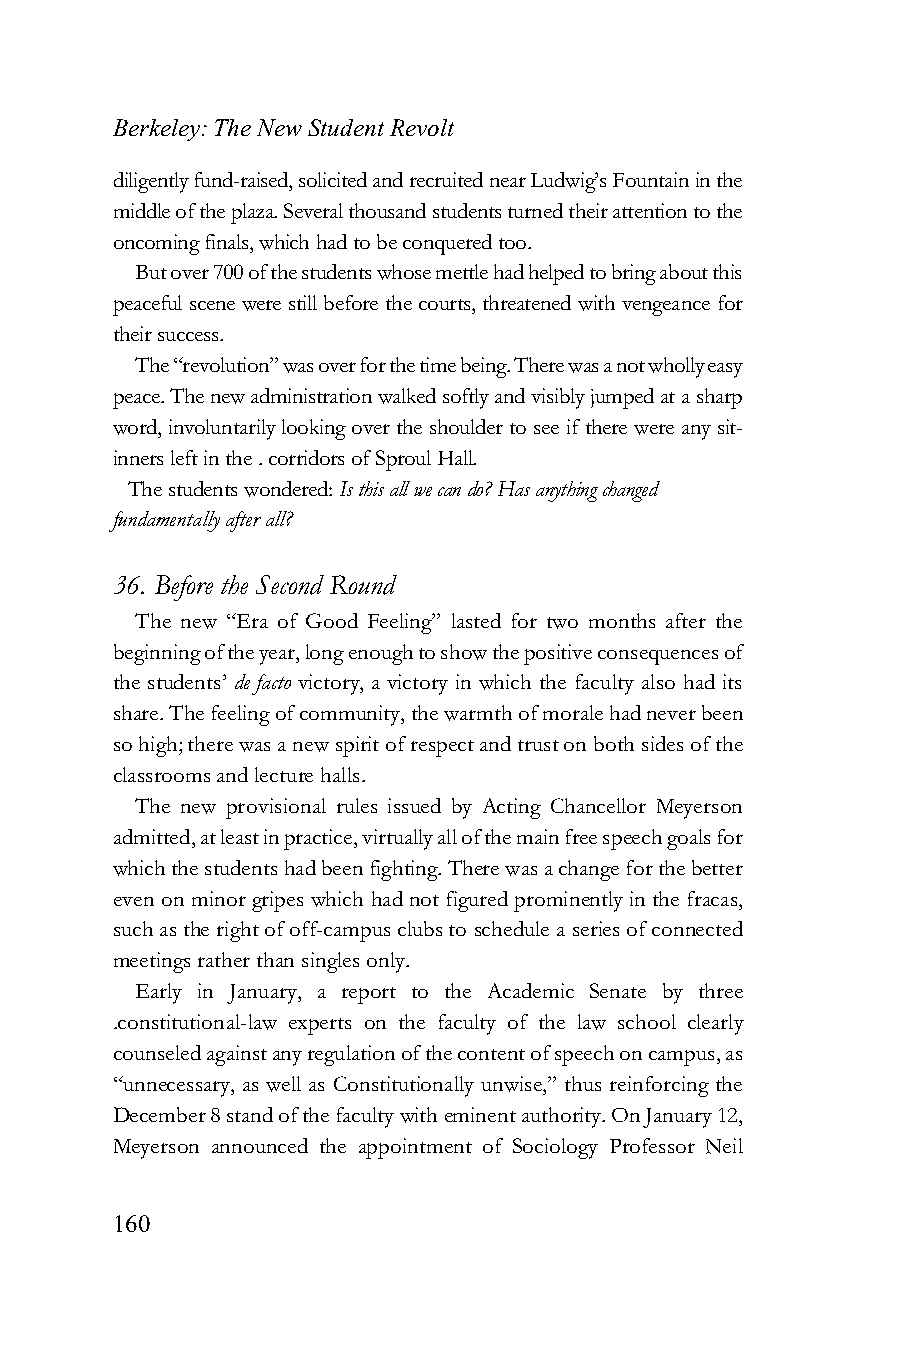
Berkeley: The New Student Revolt
 diligently fund-raised, solicited and recruited near Ludwig’s Fountain in the
 middle of the plaza. Several thousand students turned their attention to the
 oncoming finals, which had to be conquered too.
 But over 700 of the students whose mettle had helped to bring about this
 peaceful scene were still before the courts, threatened with vengeance for
 their success.
 The “revolution” was over for the time being. There was a not wholly easy
 peace. The new administration walked softly and visibly jumped at a sharp
 word, involuntarily looking over the shoulder to see if there were any sit-
 inners left in the . corridors of Sproul Hall.
 The students wondered: Is this all we can do? Has anything changed
 fundamentally after all?
 36. Before the Second Round
 The new “Era of Good Feeling” lasted for two months after the
 beginning of the year, long enough to show the positive consequences of
 the students’ de facto victory, a victory in which the faculty also had its
 share. The feeling of community, the warmth of morale had never been
 so high; there was a new spirit of respect and trust on both sides of the
 classrooms and lecture halls.
 The new provisional rules issued by Acting Chancellor Meyerson
 admitted, at least in practice, virtually all of the main free speech goals for
 which the students had been fighting. There was a change for the better
 even on minor gripes which had not figured prominently in the fracas,
 such as the right of off-campus clubs to schedule a series of connected
 meetings rather than singles only.
 Early in January, a report to the Academic Senate by three
 .constitutional-law experts on the faculty of the law school clearly
 counseled against any regulation of the content of speech on campus, as
 “unnecessary, as well as Constitutionally unwise,” thus reinforcing the
 December 8 stand of the faculty with eminent authority. On January 12,
 Meyerson announced the appointment of Sociology Professor Neil
 160